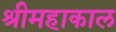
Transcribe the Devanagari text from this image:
श्रीमहाकाल